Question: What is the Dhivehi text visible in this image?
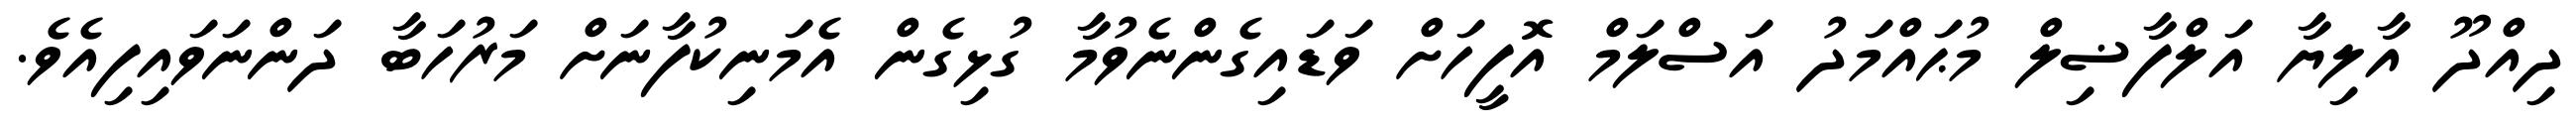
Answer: ދިއްދޫ އާލިޔާ އަލްފާޟިލް މުޙައްމަދު އަސްލަމް އޮފީހަށް ވަޑައިގެންނެވުމާ ގުޅިގެން އެމަނިކުފާނަށް މަރުހަބާ ދަންނަވައިފިއެވެ.